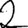
Digit: 2